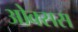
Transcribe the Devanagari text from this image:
ओक्सस